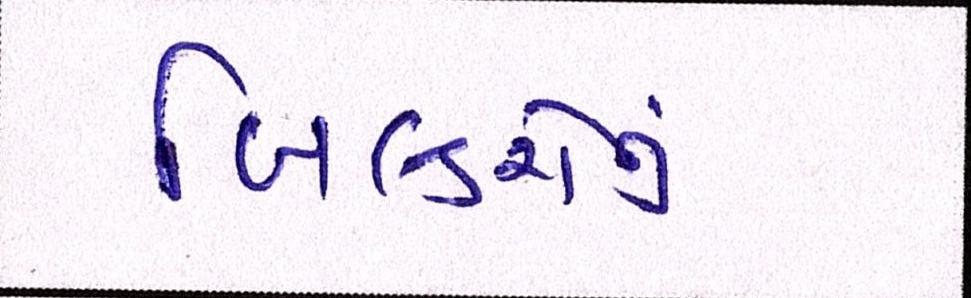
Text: બિલ્ડરોનું